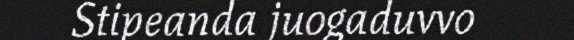
Stipeanda juogaduvvo